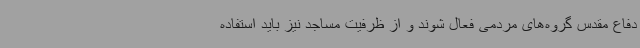
دفاع مقدس گروه‌های مردمی فعال شوند و از ظرفیت مساجد نیز باید استفاده